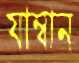
যাম্বান